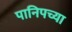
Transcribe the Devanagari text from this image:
पानिपच्या